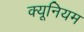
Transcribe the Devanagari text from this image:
क्यूनियम